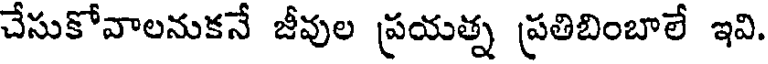
చేసుకోవాలనుకనే జీవుల ప్రయత్న ప్రతిబింబాలే ఇవి.